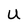
Character: U